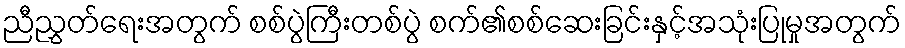
ညီညွှတ်ရေးအတွက် စစ်ပွဲကြီးတစ်ပွဲ စက်၏စစ်ဆေးခြင်းနှင့်အသုံးပြုမှုအတွက်